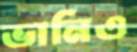
ভানিও